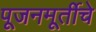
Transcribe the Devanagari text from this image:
पूजनमूर्तीचे